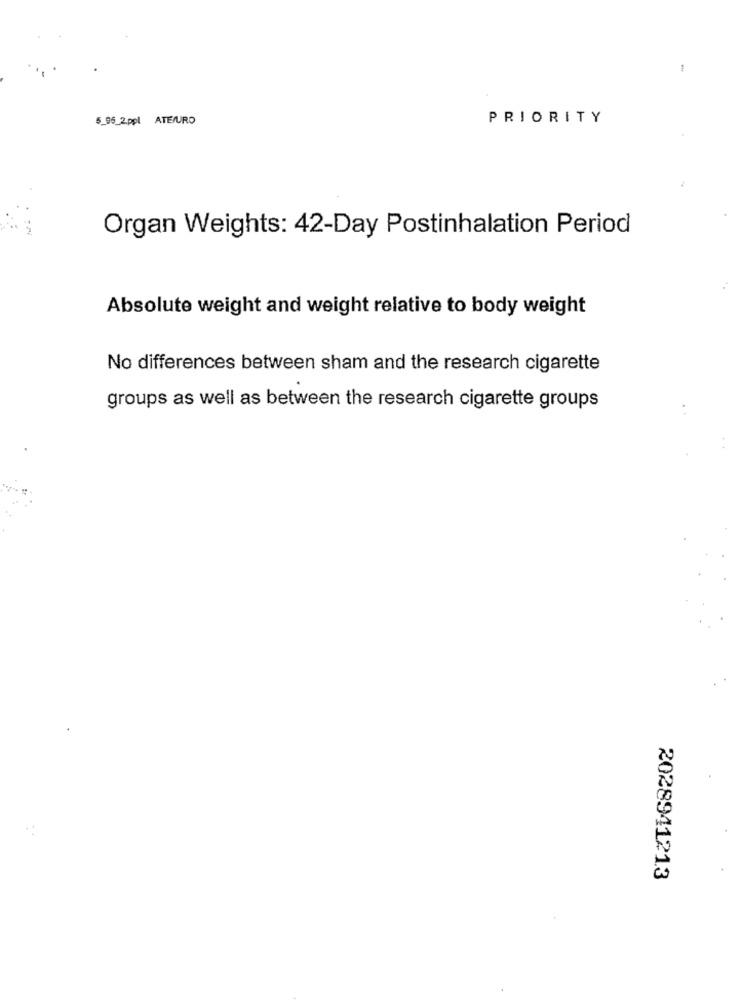
-
5_96_2ppl ATE/URO
PRIORITY
Organ Weights: 42-Day Postinhalation Period
Absolute weight and weight relative to body weight
No differences between sham and the research cigarette
groups as well as between the research cigarette groups
2028941213